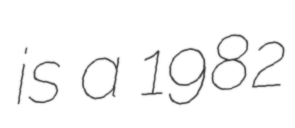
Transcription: is a 1982